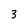
Character: 3